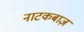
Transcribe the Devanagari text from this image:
नाटकबाज़